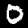
Digit: 0